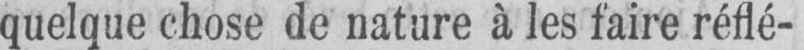
quelque chose de nature à les faire réflé-